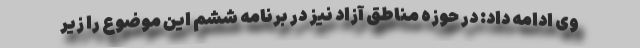
وی ادامه داد: در حوزه مناطق آزاد نیز در برنامه ششم این موضوع را زیر